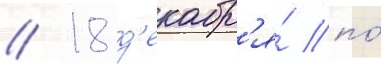
/ 18 д'екабр'я́ по́